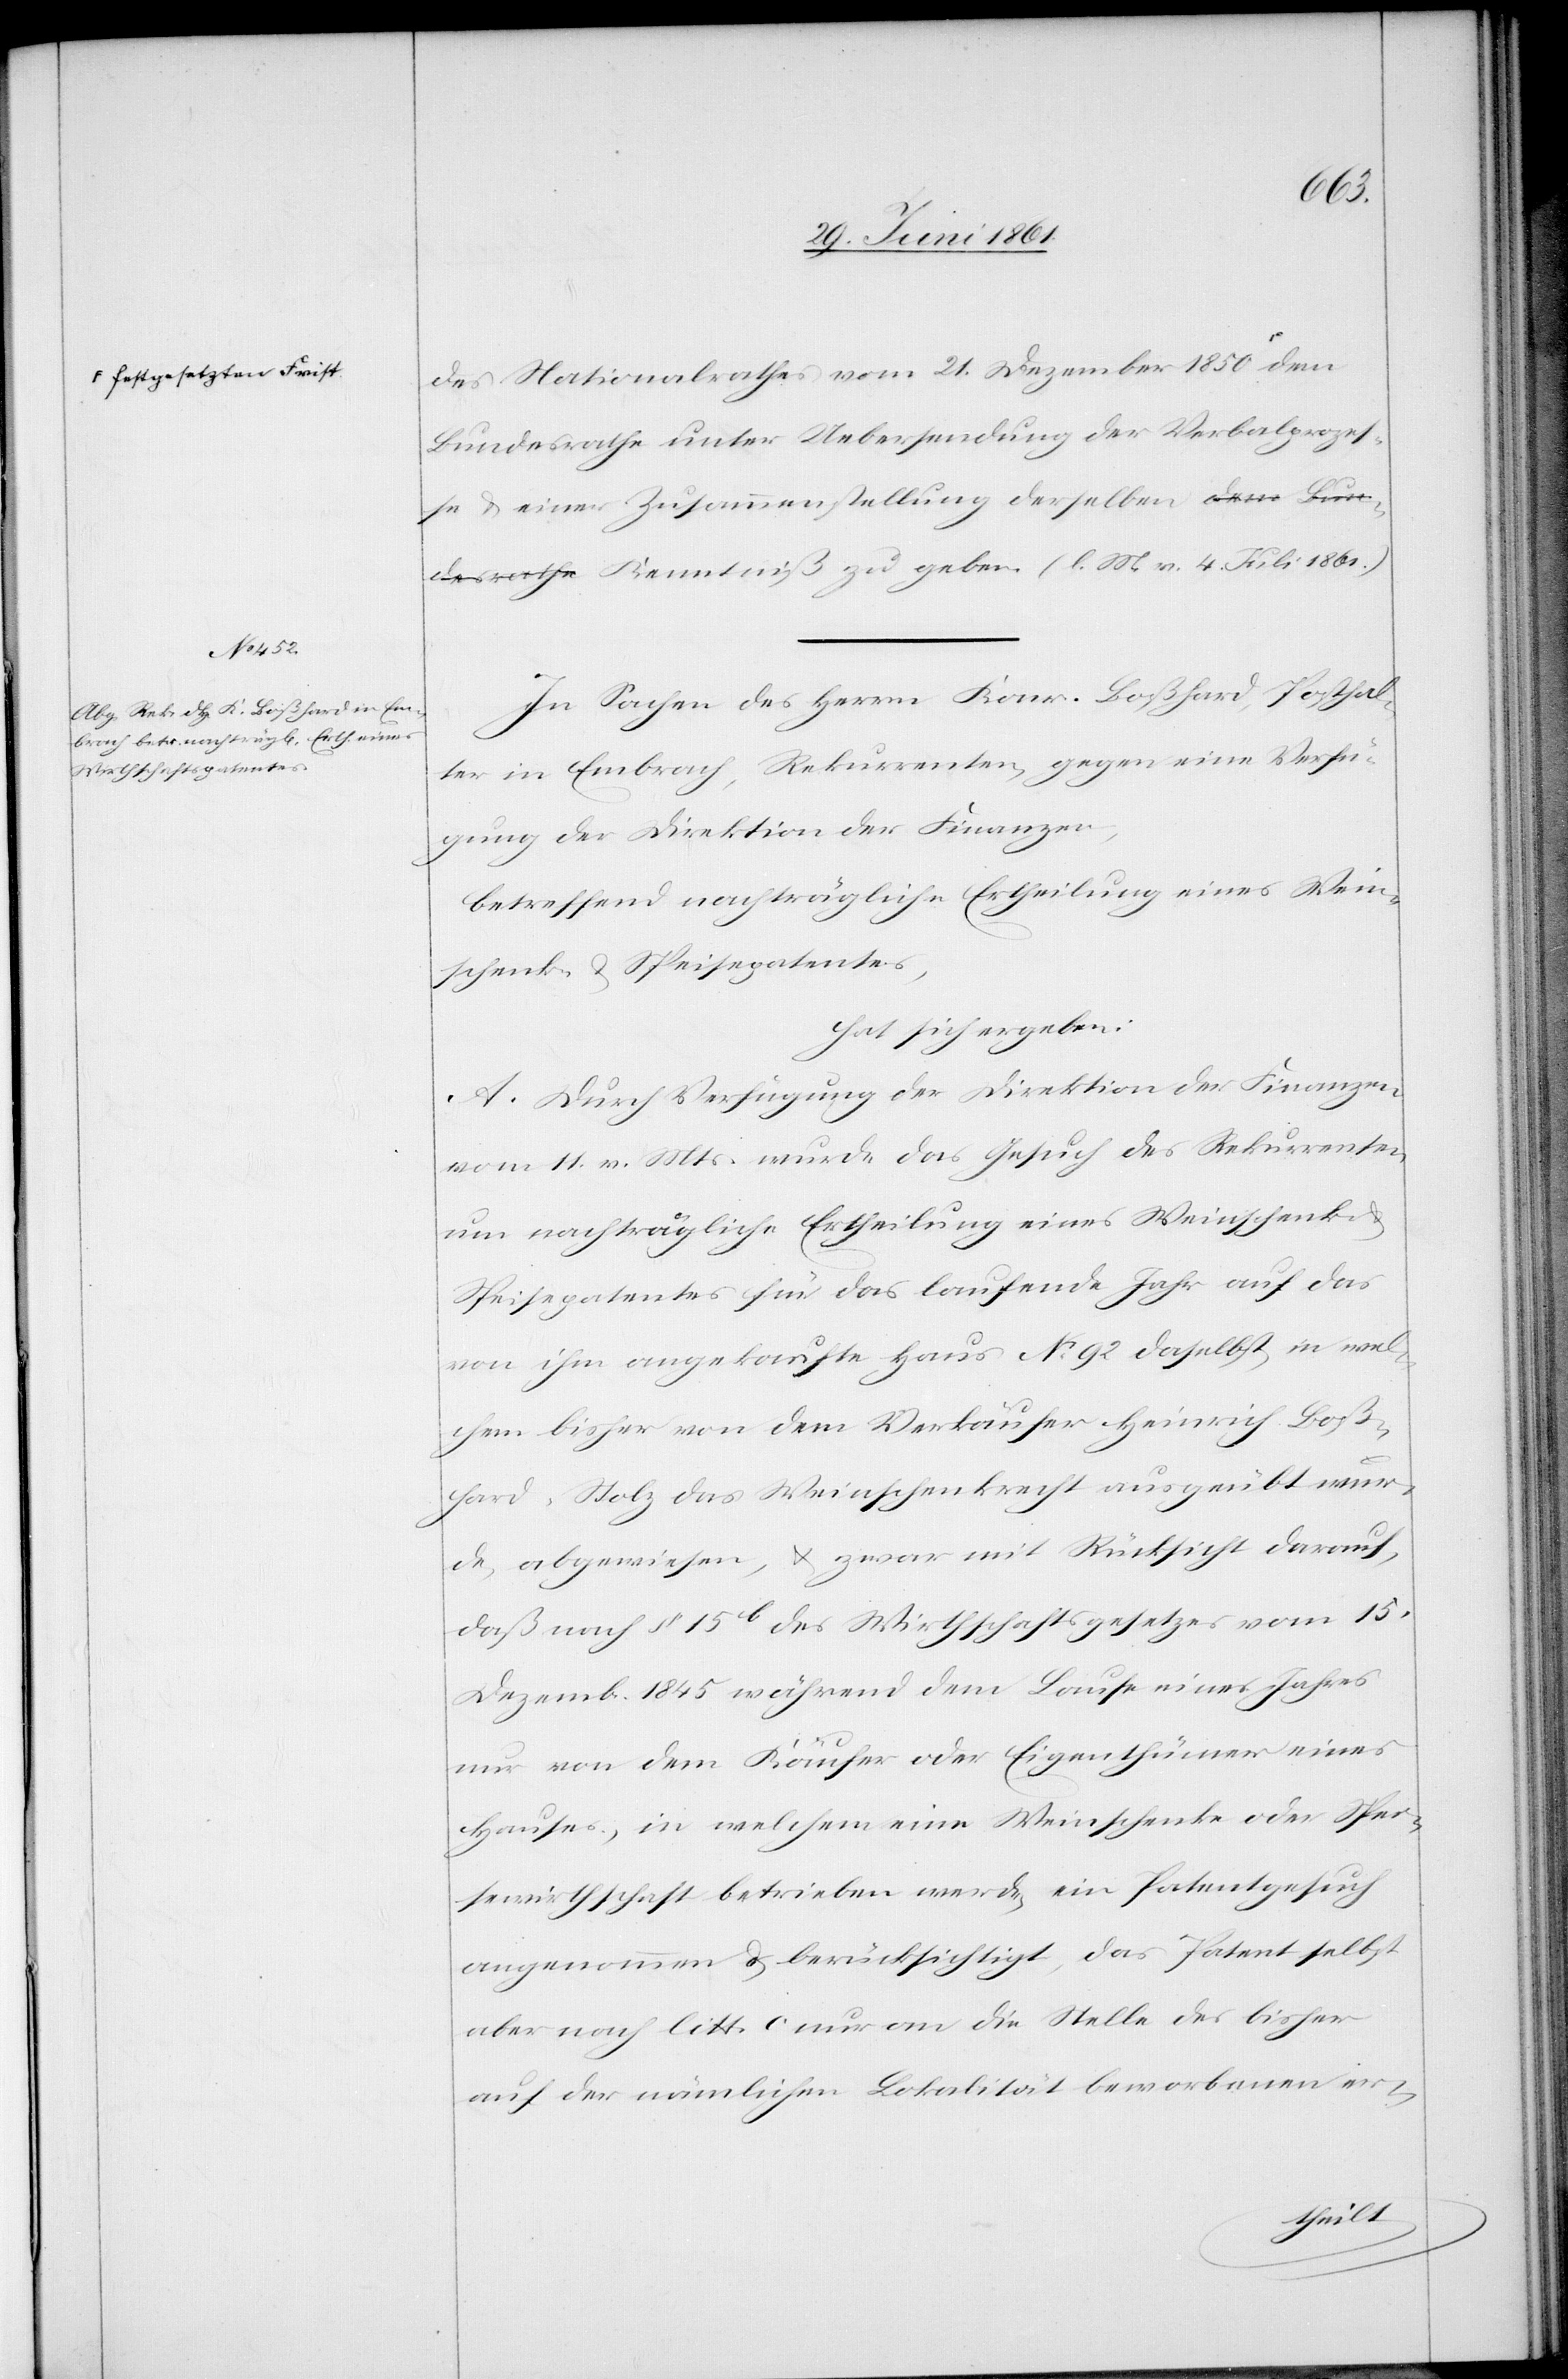
a-festgesetzten Frist-a

des Nationalrathes vom 21. Dezember 1850
Bundesrathe unter Uebersendung der Verbalprozes¬
se u. einer Zusammenstellung derselben a-dem Bun¬
desrathe-a Kenntniß zu geben. (l. M. v. 4. Juli 1861)
In Sachen des Herrn Konr. Boßhard, Posthal¬
ter in Embrach, Rekurrenten, gegen eine Verfü¬
gung der Direktion der Finanzen,
betreffend nachträgliche Ertheilung eines Wein¬
schenk- u. Speisepatentes,
hat sich ergeben:
A. Durch Verfügung der Direktion der Finanzen
vom 11. v. Mts. wurde das Gesuch des Rekurrenten
um nachträgliche Ertheilung eines Weinschenk-
Speisepatentes für das laufende Jahr auf das
von ihm angekaufte Haus No 92 daselbst, in wel¬
chem bisher von dem Verkäufer Heinrich Boß¬
hard-Stolz das Weinschenkrecht ausgeübt wur¬
de, abgewiesen, u. zwar mit Rücksicht darauf,
daß nach §. 15b des Wirthschaftsgesetzes vom 15.
Dezemb. 1845 während dem Laufe eines Jahres
nur von dem Käufer oder Eigenthümer eines
Hauses, in welchem eine Weinschenke oder Spei¬
sewirthschaft betrieben werde, ein Patentgesuch
angenommen u. berücksichtigt, das Patent selbst
aber nach litt. c nur an die Stelle des bisher
auf der nämlichen Lokalität beworbenen er-